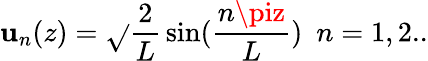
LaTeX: \mathbf{u}_{n}(z)=\sqrt{}{{\frac{{2}}{{L}}}}\sin(\frac{{n\piz}}{{L}})\, \, \, n=1,2..